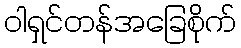
ဝါရှင်တန်အခြေစိုက်